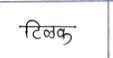
मजकूर: टिळक